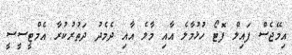
އިމޭޖެސް ފައިލް ފޮޓޯ ހުޅުމާލެ އާއި މާލެ އާއި ދެމެދު ދަތުރުކުރާ އެމްޓީސީސީ